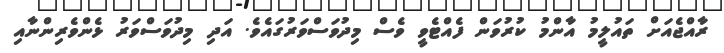
ރާއްޖެއަށް ތައުލީމު އާންމު ކުރުވަން ފެއްޓެވީ ވެސް މިދުވަސްވަރުގައެވެ. އަދި މިދުވަސްވަރު ޅެންވެރިންނާއި